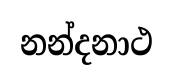
නන්දනාථ